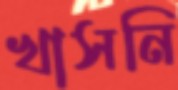
খাসনি